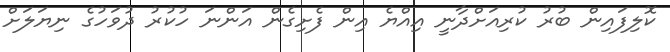
ކޮލިފައިން ބުރު ކުރިއަށްދާނީ އިއްޔެ އިން ފެށިގެން އަންނަ ހުކުރު ދުވަހުގެ ނިޔަލަށް